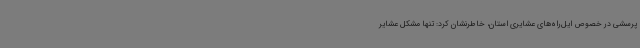
پرسشی در خصوص ایل‌راه‌های عشایری استان، خاطرنشان کرد: تنها مشکل عشایر